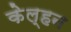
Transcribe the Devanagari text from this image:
केल्हन